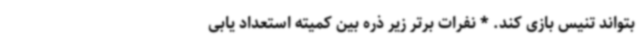
بتواند تنیس بازی کند. * نفرات برتر زیر ذره بین کمیته استعداد یابی